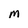
Character: M